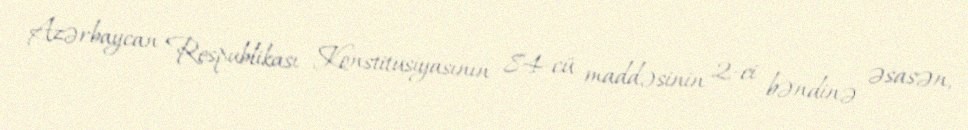
Azərbaycan Respublikası Konstitusiyasının 84-cü maddəsinin 2-ci bəndinə əsasən,